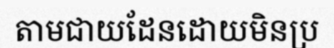
តាមជាយដែនដោយមិនប្រ